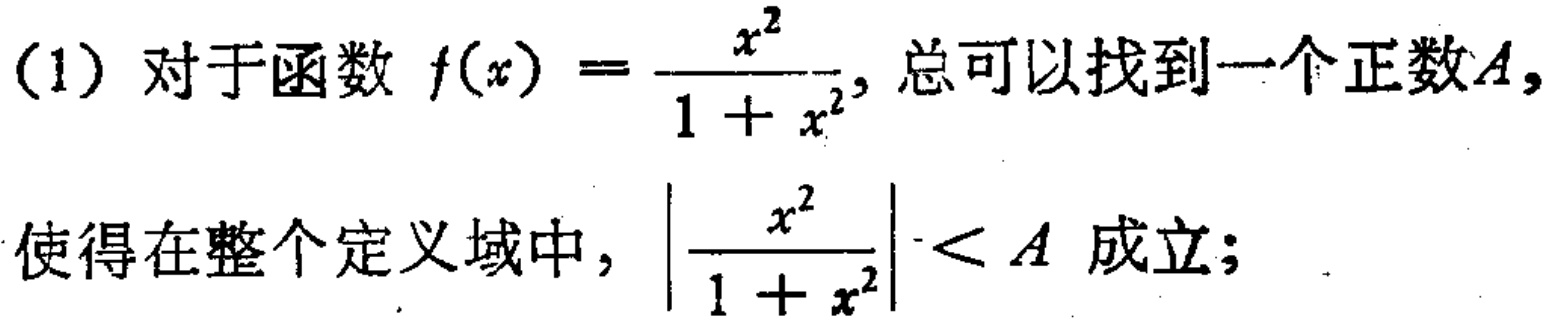
(1) 对于函数 \(f(x)=\frac{x^{2}}{1 + x^{2}}\)，总可以找到一个正数\(A\)，使得在整个定义域中，\(\left|\frac{x^{2}}{1 + x^{2}}\right|< A\) 成立；